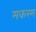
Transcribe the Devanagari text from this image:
मकरम